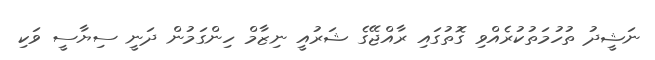
ނަޝީދު ތުހުމަތުކުރެއްވި ގޮތުގައި ރާއްޖޭގެ ޝަރުއީ ނިޒާމް ހިންގަމުން ދަނީ ސިޔާސީ ވަކި